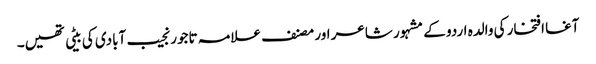
آغا افتخار کی والدہ اردو کے مشہور شاعر اور مصنف علامہ تاجور نجیب آبادی کی بیٹی تھیں۔